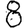
Digit: 8